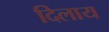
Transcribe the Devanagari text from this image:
दिलाय